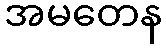
အမတေန